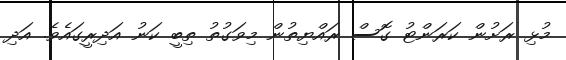
މުޅި ރަށުން ކަރަންޓު ގޮސް ރައްޔިތުން މިވަގުތު ތިބީ ކަނު އަދިރީގައެވެ. އަދި